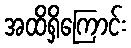
အထိရှိကြောင်း